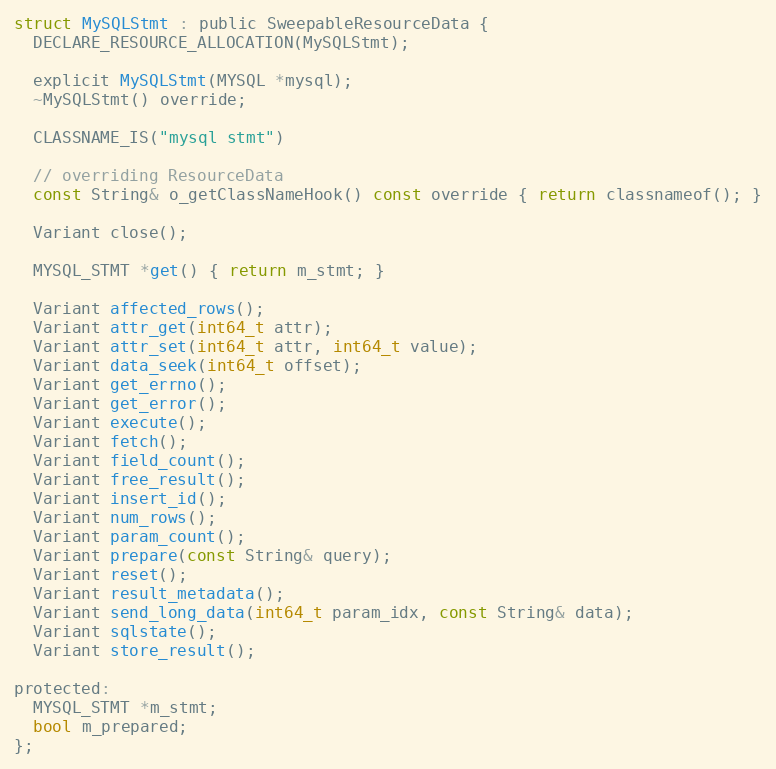
Language: C
struct MySQLStmt : public SweepableResourceData {
  DECLARE_RESOURCE_ALLOCATION(MySQLStmt);

  explicit MySQLStmt(MYSQL *mysql);
  ~MySQLStmt() override;

  CLASSNAME_IS("mysql stmt")

  // overriding ResourceData
  const String& o_getClassNameHook() const override { return classnameof(); }

  Variant close();

  MYSQL_STMT *get() { return m_stmt; }

  Variant affected_rows();
  Variant attr_get(int64_t attr);
  Variant attr_set(int64_t attr, int64_t value);
  Variant data_seek(int64_t offset);
  Variant get_errno();
  Variant get_error();
  Variant execute();
  Variant fetch();
  Variant field_count();
  Variant free_result();
  Variant insert_id();
  Variant num_rows();
  Variant param_count();
  Variant prepare(const String& query);
  Variant reset();
  Variant result_metadata();
  Variant send_long_data(int64_t param_idx, const String& data);
  Variant sqlstate();
  Variant store_result();

protected:
  MYSQL_STMT *m_stmt;
  bool m_prepared;
};